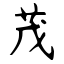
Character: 茂